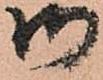
御